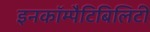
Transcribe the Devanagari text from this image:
इनकॉम्पैटिबिलिटी